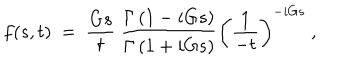
LaTeX: f ( s , t ) ~ = ~ \frac { G s } { t } ~ \frac { \Gamma \left( 1 - i G s \right) } { \Gamma \left( 1 + i G s \right) } \left( \frac { 1 } { - t } \right) ^ { - i G s } ~ ,